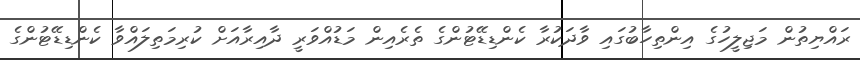
ރައްޔިތުން މަޖިލީހުގެ އިންތިހާބުގައި ވާދަކުރާ ކެންޑިޑޭޓުންގެ ތެރެއިން މަޑުއްވަރީ ދާއިރާއަށް ކުރިމަތިލައްވާ ކެންޑިޑޭޓުންގެ